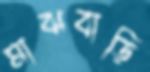
মাঝবাড়ি